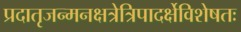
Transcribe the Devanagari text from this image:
प्रदातृजन्मनक्षत्रेत्रिपादर्क्षेविशेषतः